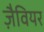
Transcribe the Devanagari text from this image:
ज़ैवियर